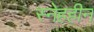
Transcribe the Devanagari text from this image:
स्नेहहीन